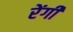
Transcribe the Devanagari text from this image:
रेंगी